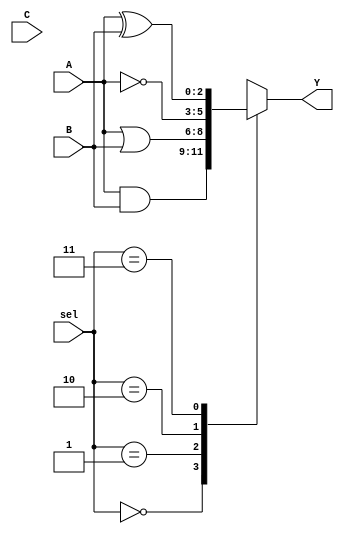
module combinational_logic_block (
    input wire [2:0] A, // 3-bit input A
    input wire [2:0] B, // 3-bit input B
    input wire [2:0] C, // 3-bit input C
    input wire [1:0] sel, // Selection signal for logic operation
    output reg [2:0] Y // 3-bit output Y
);

// Logic operation selection
always @(*) begin
    case (sel)
        2'b00: Y = A & B;       // AND operation
        2'b01: Y = A | B;       // OR operation
        2'b10: Y = ~A;          // NOT operation (only on A)
        2'b11: Y = A ^ B;       // XOR operation
        default: Y = 3'b000;    // Default case
    endcase
end

endmodule